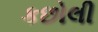
કછોલી